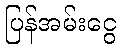
ပြန်အမ်းငွေ